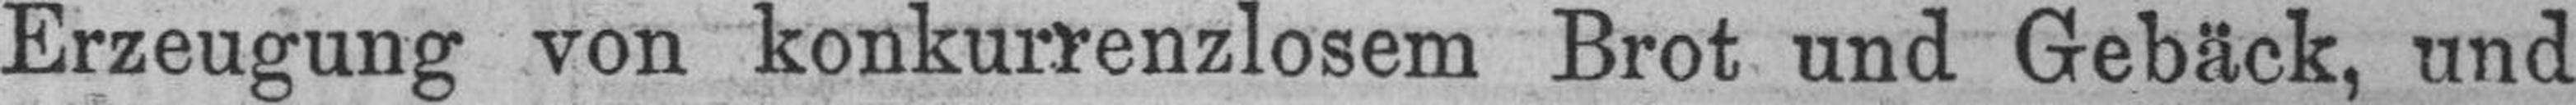
Erzeugung von konkurrenzlosem Brot und Gebäck, und